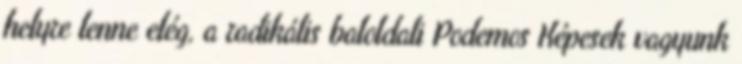
helyre lenne elég, a radikális baloldali Podemos Képesek vagyunk